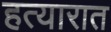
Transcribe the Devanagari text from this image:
हत्यारात